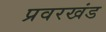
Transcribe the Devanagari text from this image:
प्रवरखंड